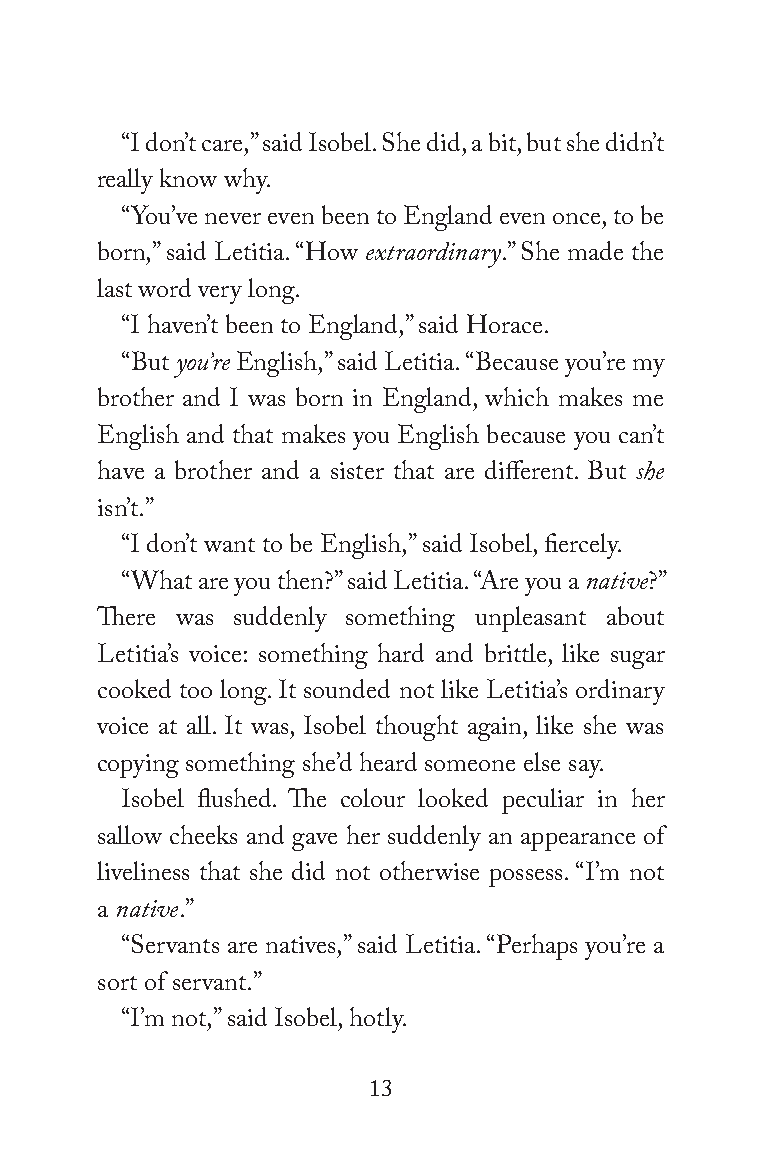
“I don’t care,” said Isobel. She did, a bit, but she didn’t
 really know why.
 “You’ve never even been to England even once, to be
 born,” said Letitia. “How extraordinary.” She made the
 last word very long.
 “I haven’t been to England,” said Horace.
 “But you’re English,” said Letitia. “Because you’re my
 brother and I was born in England, which makes me
 English and that makes you English because you can’t
 have a brother and a sister that are different. But she
 isn’t.”
 “I don’t want to be English,” said Isobel, fiercely.
 “What are you then?” said Letitia. “Are you a native?”
 There was suddenly something unpleasant about
 Letitia’s voice: something hard and brittle, like sugar
 cooked too long. It sounded not like Letitia’s ordinary
 voice at all. It was, Isobel thought again, like she was
 copying something she’d heard someone else say.
 Isobel flushed. The colour looked peculiar in her
 sallow cheeks and gave her suddenly an appearance of
 liveliness that she did not otherwise possess. “I’m not
 a native.”
 “Servants are natives,” said Letitia. “Perhaps you’re a
 sort of servant.”
 “I’m not,” said Isobel, hotly.
 13